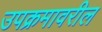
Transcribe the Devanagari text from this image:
उपक्रमावरील